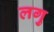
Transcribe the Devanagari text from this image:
लगु